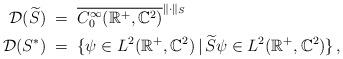
LaTeX: \begin{align*} \mathcal{D}(\widetilde{S})\;&=\;\overline{C^\infty_0(\mathbb{R}^+,\mathbb{C}^2)}^{\|\cdot\|_S} \\ \mathcal{D}(S^*)\;&=\;\{\psi\in L^2(\mathbb{R}^+,\mathbb{C}^2)\,|\,\widetilde{S}\psi \in L^2(\mathbb{R}^+,\mathbb{C}^2)\}\,, \end{align*}